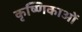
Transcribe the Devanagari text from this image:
कृष्णिकाओं